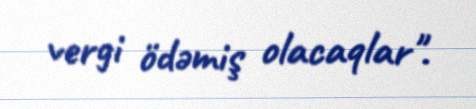
vergi ödəmiş olacaqlar".